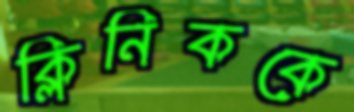
ক্লিনিককে